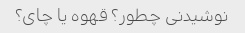
نوشیدنی چطور؟ قهوه یا چای؟